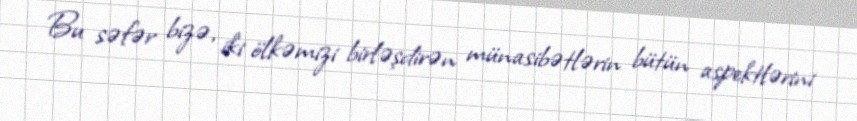
Bu səfər bizə, iki ölkəmizi birləşdirən münasibətlərin bütün aspektlərini